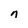
Character: n